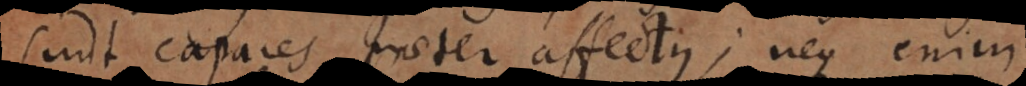
sunt capaces praeter affectus: neque enim